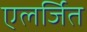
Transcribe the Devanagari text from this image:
एलर्जित